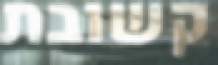
קשובת